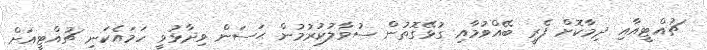
ޗުއްޓީއާއި ދިމާކޮށް ފެރީ ބޭއްވުމާއި ގުޅޭގޮތުން ސުވާލުކުރުމުން ޙަސަން ވިދާޅުވީ ހަމައެކަނި ޗުއްޓީއަށް